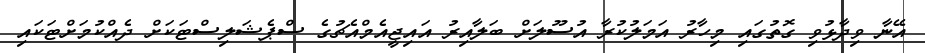
އޭނާ ވިދާޅުވި ގޮތުގައި މިހާރު އަމަލުކުރާ އުސޫލަށް ބަލާއިރު އައިޖީއެމްއެޗުގެ ސްޕެޝަލިސްޓަކަށް ދެއްކުމަށްޓަކައި